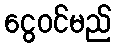
ငွေဝင်မည်